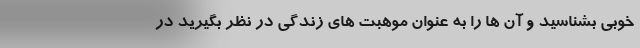
خوبی بشناسید و آن ها را به عنوان موهبت های زندگی در نظر بگیرید در